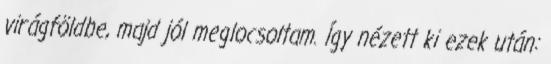
virágföldbe, majd jól meglocsoltam. Így nézett ki ezek után: